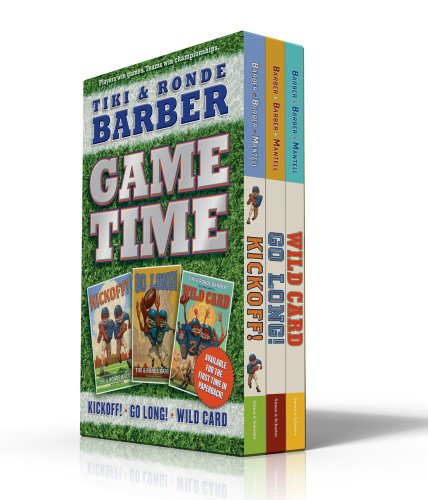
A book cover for Game Time: Kickoff!; Go Long!; Wild Card (Barber Game Time Books); Tiki Barber; Children's Books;